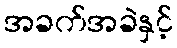
အခက်အခဲနှင့်